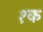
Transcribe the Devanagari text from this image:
१क